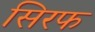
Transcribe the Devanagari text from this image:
सिरफ